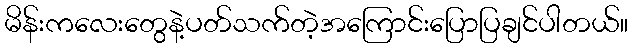
မိန်းကလေးတွေနဲ့ပတ်သက်တဲ့အကြောင်းပြောပြချင်ပါတယ်။